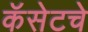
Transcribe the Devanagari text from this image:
कॅसेटचे